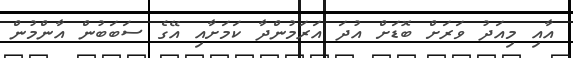
އާއި މިއަދު ވަރަށް ބޮޑަށް އުދަ އަރަމުންދާ ކަމަށާއި އޭގެ ސަބަބުން އާންމުން